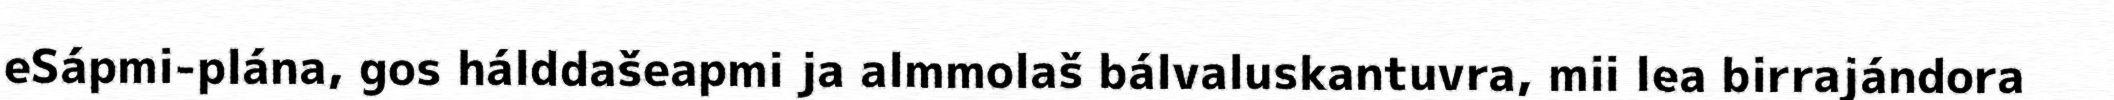
eSápmi-plána, gos hálddašeapmi ja almmolaš bálvaluskantuvra, mii lea birrajándora